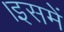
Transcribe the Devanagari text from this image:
।इसमें